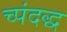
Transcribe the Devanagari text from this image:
च्पंदद्ध